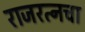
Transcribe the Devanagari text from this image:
राजरत्‍नचा